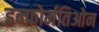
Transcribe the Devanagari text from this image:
इन्फ़ोर्मतिओन